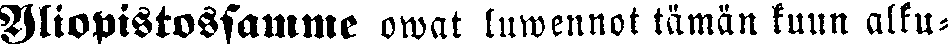
Yliopistossamme owat luwennot tämän kuun alku-